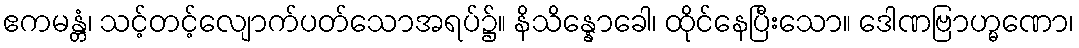
ဧကမန္တံ၊ သင့်တင့်လျောက်ပတ်သောအရပ်၌။ နိသိန္နောခေါ၊ ထိုင်နေပြီးသော။ ဒေါဏဗြာဟ္မဏော၊